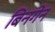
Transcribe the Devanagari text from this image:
बिनगेन